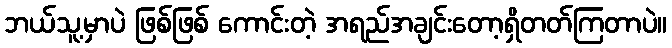
ဘယ်သူ့မှာပဲ ဖြစ်ဖြစ် ကောင်းတဲ့ အရည်အချင်းတော့ရှိတတ်ကြတာပဲ။